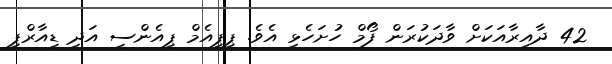
42 ދާއިރާއަކަށް ވާދަކުރަން ފޯމް ހުށަހެޅި އެވެ. ޕީޕީއެމް ޕީއެންސީ އަދި ޑީއާރްޕީ